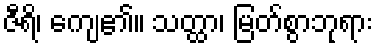
ဇီရိ၊ ကျေ၏။ သတ္ထာ၊ မြတ်စွာဘုရား